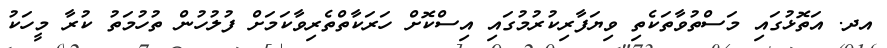
އދ. އަތޮޅުގައި މަސްތުވާތަކެތި ވިޔަފާރިކުރުމުގައި އިސްކޮށް ހަރަކާތްތެރިވާކަމަށް ފުލުހުން ތުހުމަތު ކުރާ މީހަކު